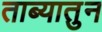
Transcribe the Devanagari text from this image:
ताब्यातुन